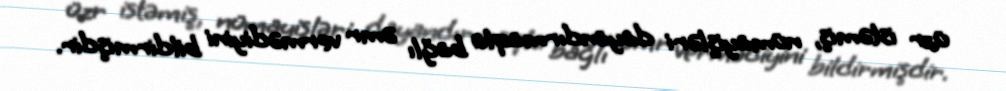
üzr istəmiş, nümayişləri dayandırmaqla bağlı əmr vermədiyini bildirmişdir.